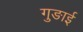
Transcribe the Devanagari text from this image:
गुङाई